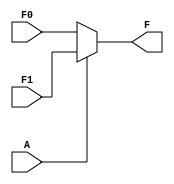
module single_variable_kmap (
    input wire A,        // Input variable
    input wire F0,      // Output when A = 0
    input wire F1,      // Output when A = 1
    output wire F        // Output based on the K-map
);

// Combinational logic to determine output F based on input A
assign F = (A == 1'b0) ? F0 : F1;

endmodule